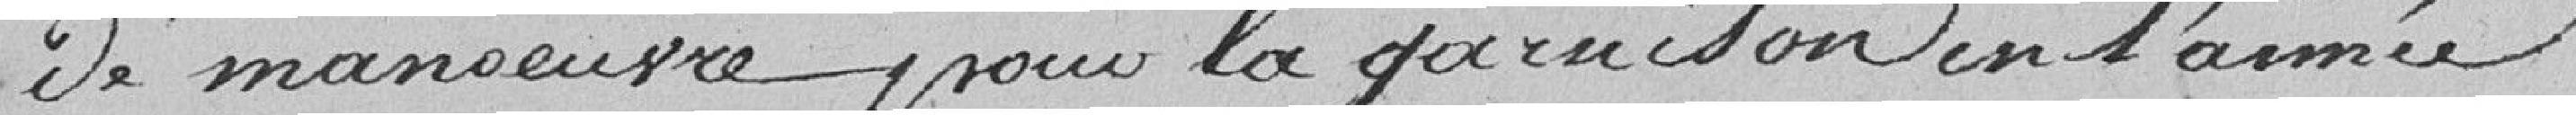
De manœuvre pour la garnison en l'année